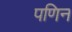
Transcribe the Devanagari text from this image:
पणिन